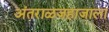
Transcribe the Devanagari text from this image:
अंतराळजहाजाला